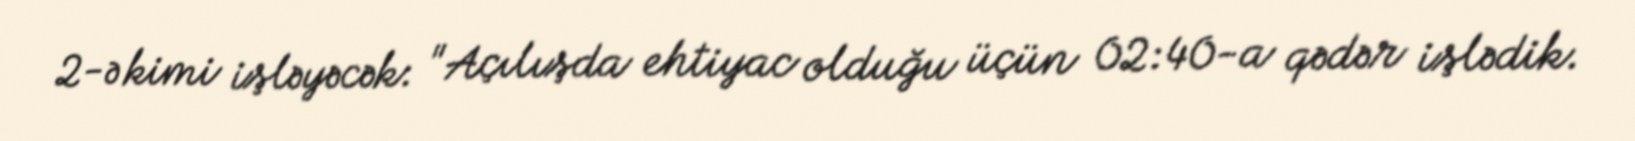
2-ə kimi işləyəcək: "Açılışda ehtiyac olduğu üçün 02:40-a qədər işlədik.